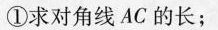
①求对角线AC的长；